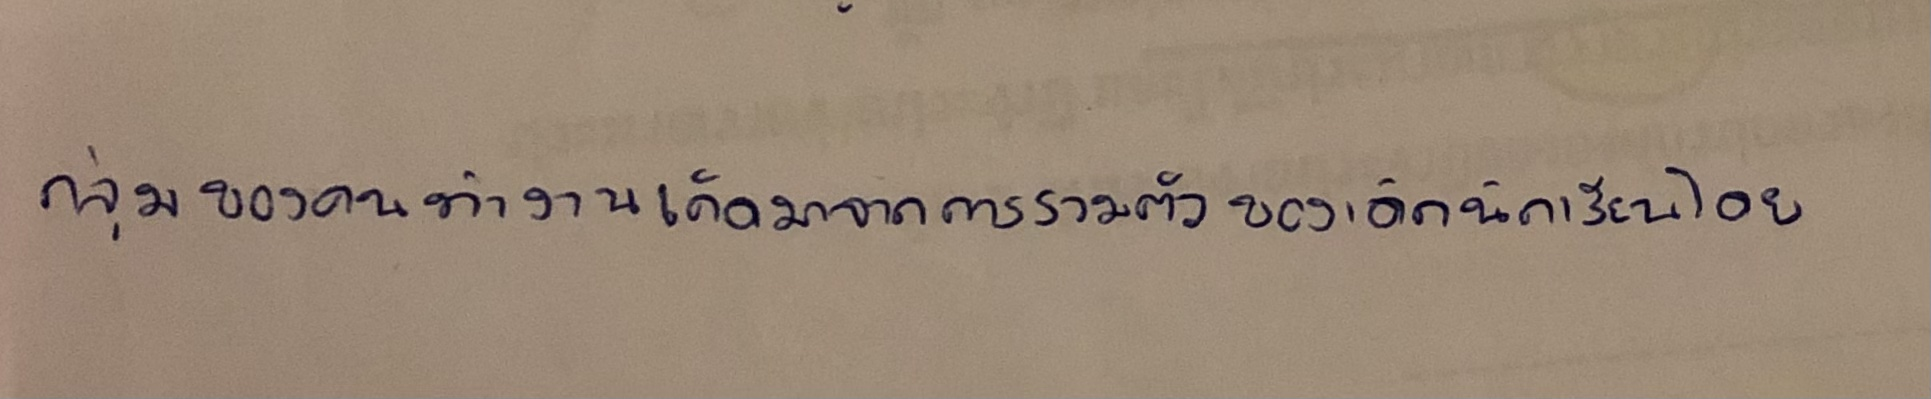
กลุ่มของคนทำงานเกิดมาจากการรวมตัวของเด็กนักเรียนโดย